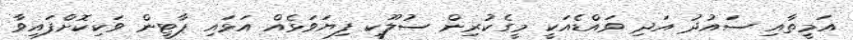
އަމީތާއި ސައުދު އަދި ވައްޑެއަކީ މީގެކުރިން ސުލޫކީ ފިޔަވަޅެއް އަޅައި ޕާޓީން ވަކިކޮށްފައިވާ